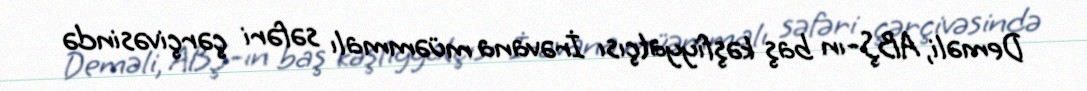
Deməli, ABŞ-ın baş kəşfiyyatçısı İrəvana müəmmalı səfəri çərçivəsində